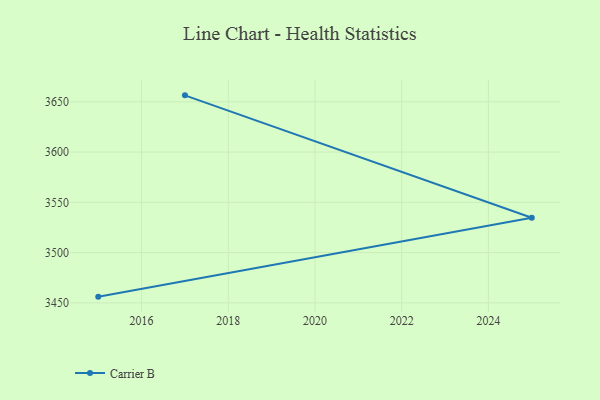
{"axis": {"x": "Year", "y": "Inventory Turnover"}, "legend": ["Carrier B"], "data": [{"x": "2015", "y": 3456.2, "type": "Carrier B"}, {"x": "2025", "y": 3534.7, "type": "Carrier B"}, {"x": "2017", "y": 3656.4, "type": "Carrier B"}]}